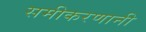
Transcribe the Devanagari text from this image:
समीकरणानी